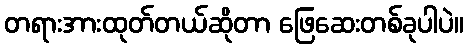
တရားအားထုတ်တယ်ဆိုတာ ဖြေဆေးတစ်ခုပါပဲ။